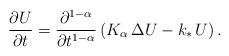
LaTeX: \begin{align*}\frac{\partial U}{\partial t} = \frac{\partial^{1-\alpha}}{\partial t^{1-\alpha}}\left(K_{\alpha}\,\Delta U - k_\ast\,U\right).\end{align*}